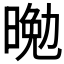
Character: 𭦴